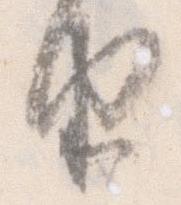
由